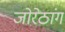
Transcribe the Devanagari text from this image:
जोरेठांग